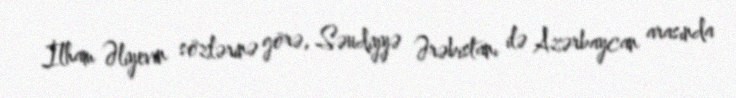
İlham Əliyevin sözlərinə görə, Səudiyyə Ərəbistanı ilə Azərbaycan arasında